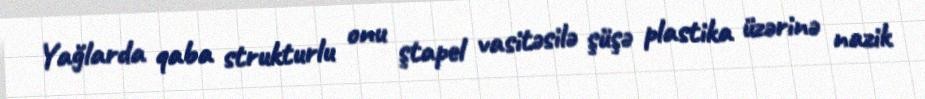
Yağlarda qaba strukturlu onu ştapel vasitəsilə şüşə plastika üzərinə nazik